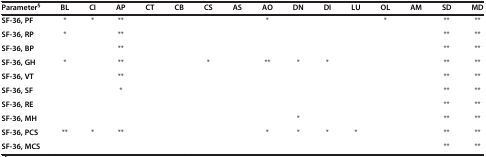
<table><thead><tr><td><b>Parameter<sup>§</sup></b></td><td><b>BL</b></td><td><b>CI</b></td><td><b>AP</b></td><td><b>CT</b></td><td><b>CB</b></td><td><b>CS</b></td><td><b>AS</b></td><td><b>AO</b></td><td><b>DN</b></td><td><b>DI</b></td><td><b>LU</b></td><td><b>OL</b></td><td><b>AM</b></td><td><b>SD</b></td><td><b>MD</b></td></tr></thead><tbody><tr><td><b>SF-36, PF</b></td><td>*</td><td>*</td><td>**</td><td></td><td></td><td></td><td></td><td>*</td><td></td><td></td><td></td><td>*</td><td></td><td>**</td><td>**</td></tr><tr><td><b>SF-36, RP</b></td><td>*</td><td></td><td>**</td><td></td><td></td><td></td><td></td><td></td><td></td><td></td><td></td><td></td><td></td><td>**</td><td>**</td></tr><tr><td><b>SF-36, BP</b></td><td></td><td></td><td>**</td><td></td><td></td><td></td><td></td><td></td><td></td><td></td><td></td><td></td><td></td><td>**</td><td>**</td></tr><tr><td><b>SF-36, GH</b></td><td>*</td><td></td><td>**</td><td></td><td></td><td>*</td><td></td><td>**</td><td>*</td><td>*</td><td></td><td></td><td></td><td>**</td><td>**</td></tr><tr><td><b>SF-36, VT</b></td><td></td><td></td><td>**</td><td></td><td></td><td></td><td></td><td></td><td></td><td></td><td></td><td></td><td></td><td>**</td><td>**</td></tr><tr><td><b>SF-36, SF</b></td><td></td><td></td><td>*</td><td></td><td></td><td></td><td></td><td></td><td></td><td></td><td></td><td></td><td></td><td>**</td><td>**</td></tr><tr><td><b>SF-36, RE</b></td><td></td><td></td><td></td><td></td><td></td><td></td><td></td><td></td><td></td><td></td><td></td><td></td><td></td><td>**</td><td>**</td></tr><tr><td><b>SF-36, MH</b></td><td></td><td></td><td></td><td></td><td></td><td></td><td></td><td></td><td>*</td><td></td><td></td><td></td><td></td><td>**</td><td>**</td></tr><tr><td><b>SF-36, PCS</b></td><td>**</td><td>*</td><td>**</td><td></td><td></td><td></td><td></td><td>*</td><td>*</td><td>*</td><td>*</td><td></td><td></td><td>**</td><td>**</td></tr><tr><td><b>SF-36, MCS</b></td><td></td><td></td><td></td><td></td><td></td><td></td><td></td><td></td><td></td><td></td><td></td><td></td><td></td><td>**</td><td>**</td></tr></tbody></table>